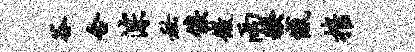
谷合淙秘俟微雨糗憾摧